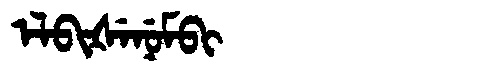
Manchu: ᡝᠯᠪᡳᡧᡝᠨᡠᠮᠪᡳ
Romanization: ELBIŠENUMBI